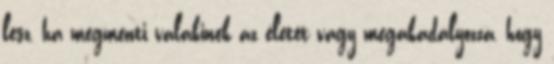
lesz, ha megmenti valakinek az életét vagy megakadályozza, hogy